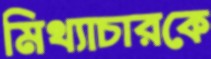
মিথ্যাচারকে